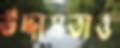
উদ্দামতাও